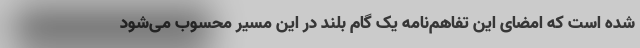
شده‌ است که امضای این تفاهم‌نامه یک گام بلند در این مسیر محسوب می‌شود